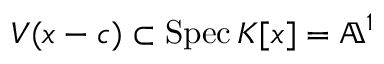
V ( x - c ) \subset \operatorname { S p e c } K [ x ] = \mathbb { A } ^ { 1 }